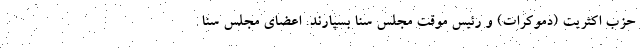
حزب اکثریت (دموکرات) و رئیس موقت مجلس سنا بسپارند. اعضای مجلس سنا